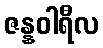
ဇန္နဝါရီလ